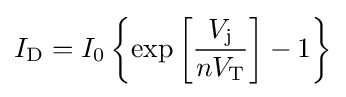
I_{\text{D}}=I_{0}\left\{\exp \left[{\frac {V_{\text{j}}}{nV_{\text{T}}}}\right]-1\right\}